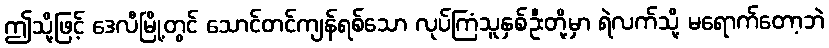
ဤသို့ဖြင့် ဒေလီမြို့တွင် သောင်တင်ကျန်ရစ်သော လုပ်ကြံသူနှစ်ဦးတို့မှာ ရဲလက်သို့ မရောက်တော့ဘဲ